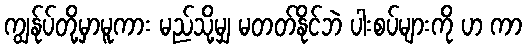
ကျွန်ုပ်တို့မှာမူကား မည်သို့မျှ မတတ်နိုင်ဘဲ ပါးစပ်များကို ဟ ကာ